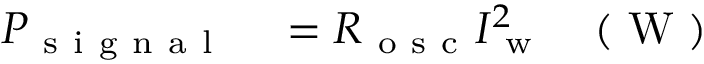
\begin{array} { r l r } { P _ { \mathrm { ~ s ~ i ~ g ~ n ~ a ~ l ~ } } } & { { } = R _ { \mathrm { ~ o ~ s ~ c ~ } } I _ { \mathrm { ~ w ~ } } ^ { 2 } } & { ( \mathrm { ~ W ~ } ) } \end{array}